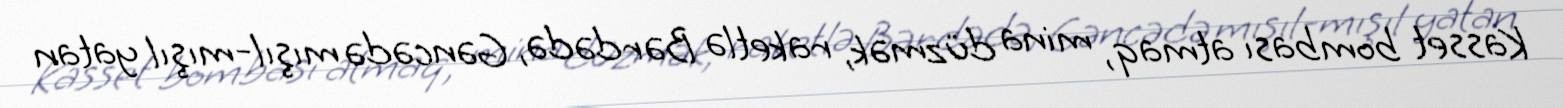
Kasset bombası atmaq, mina düzmək, raketlə Bərdədə, Gəncədə mışıl-mışıl yatan